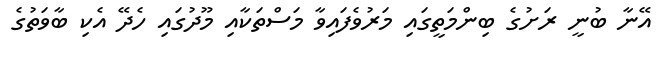
އޭނާ ބުނީ ރަށުގެ ބިންމަތީގައި މަރުވެފައިވާ މަސްތަކާއި މޫދުގައި ހެދޭ އެކި ބާވަތުގެ